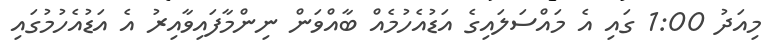
މިއަދު 1:00 ގައި އެ މައްސަލައިގެ އަޑުއެހުމެއް ބާއްވަން ނިންމާފައިވާއިރު އެ އަޑުއެހުމުގައި